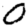
Digit: 0